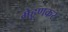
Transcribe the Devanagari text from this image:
मेहूणकर